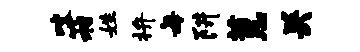
咬箱姓拚每阱蕙关